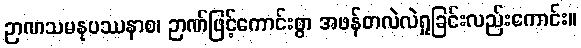
ဉာဏသမနုပဿနာစ၊ ဉာဏ်ဖြင့်ကောင်းစွာ အဖန်တလဲလဲရှုခြင်းလည်းကောင်း။